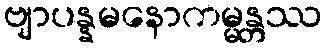
ဗျာပန္နမနောကမ္မန္တဿ